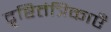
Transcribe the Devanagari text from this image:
दृष्टितंत्रिकाएँ